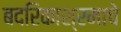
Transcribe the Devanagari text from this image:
बदरिकाश्रमाचे